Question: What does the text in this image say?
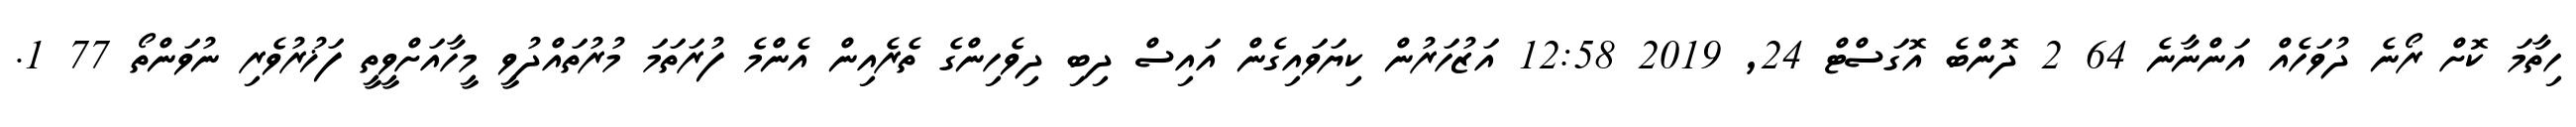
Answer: ހިތާމަ ކޮށް ރޯނެ ދުވަހެއް އަންނާނެ 64 2 ދޮންބެ އޮގަސްޓް 24, 2019 12:58 އަޒުހަރުން ކިޔަވައިގެން އައިސް ދިބި ދިވެހިންގެ ތެރެއިން އެންމެ ފުރަތަމަ މުރުތައްދުވީ މީހާއަށްވީތީ ފަޚުރުވެރި ނުވަންތޯ 77 1.